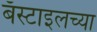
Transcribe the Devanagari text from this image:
बॅस्टाइलच्या